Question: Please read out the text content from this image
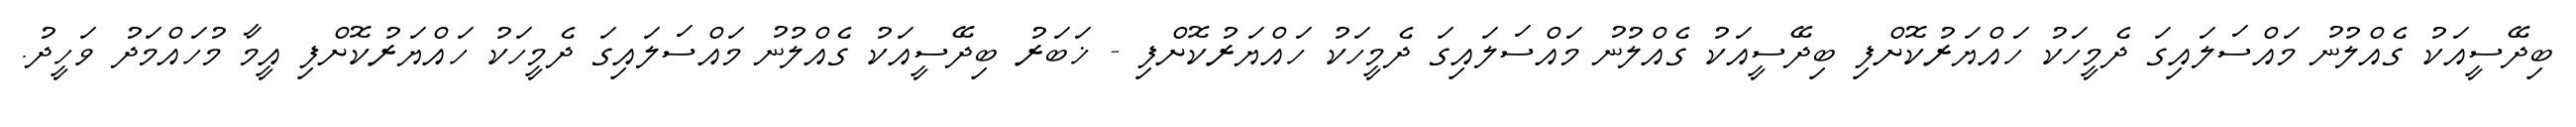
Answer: ބިދޭސީއަކު ގެއްލުނު މައްސަލައިގަ ދެމީހަކު ހައްޔަރުކޮށްފި ބިދޭސީއަކު ގެއްލުނު މައްސަލައިގަ ދެމީހަކު ހައްޔަރުކޮށްފި - ޚަބަރު ބިދޭސީއަކު ގެއްލުނު މައްސަލައިގަ ދެމީހަކު ހައްޔަރުކޮށްފި އީމާ މުހައްމަދު ވަހީދު.